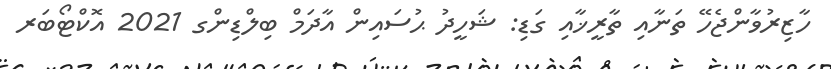
ހާޒިރުވާންޖެހޭ ތަނާއި ތާރީޚާއި ގަޑި: ޝަހީދު ޙުސައިން އާދަމް ބިލްޑިންގ 2021 އޮކްޓޯބަރ